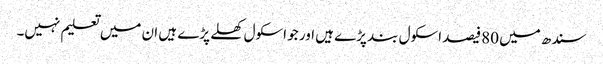
سندھ میں 80فیصد اسکول بند پڑے ہیں اور جو اسکول کھلے پڑے ہیں ان میں تعلیم نہیں۔